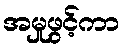
အမှုဖွင့်ကာ